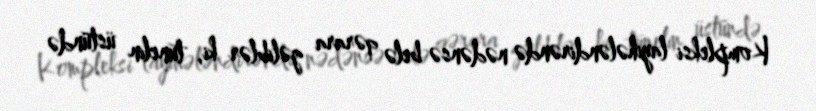
Kompleksi layihələndirəndə nədənsə belə qərara gəliblər ki, tunelin üstündə